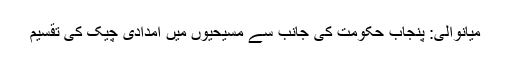
میانوالی: پنجاب حکومت کی جانب سے مسیحیوں میں امدادی چیک کی تقسیم